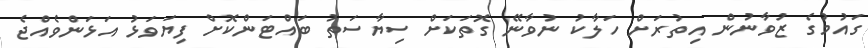
ގައުމުގެ ޒުވާނުން އިތުރަށް ހަލާކު ނުވާނޭ ގޮތަކަށް ސިޔާސަތު ބައްޓަންކޮށް ފިޔަވަޅު އަޅަންވެއްޖެ